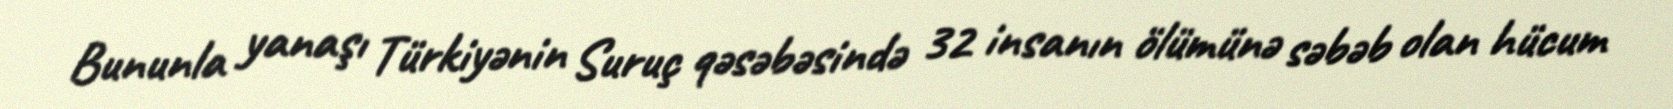
Bununla yanaşı Türkiyənin Suruç qəsəbəsində 32 insanın ölümünə səbəb olan hücum